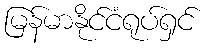
မြန်မာနိုင်ငံရုပ်ရှင်